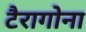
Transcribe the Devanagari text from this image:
टैरागोना